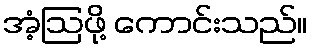
အံ့ဩဖို့ ကောင်းသည်။